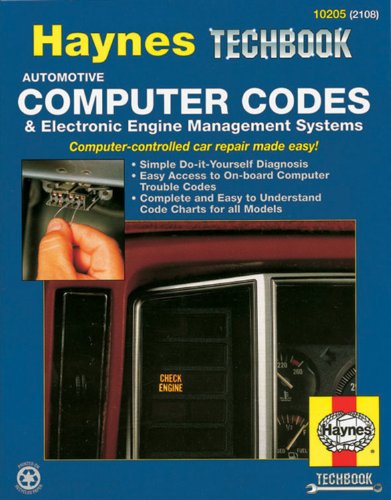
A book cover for Automotive Computer Codes: Electronic Engine Management Systems (Haynes Repair Manuals); John Haynes; Engineering & Transportation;